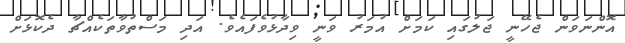
އޮންނަވަން ޖެހޭނީ ޖަލުގައި ކަމަށް އުމަރު ވަނީ ވިދާޅުވެފައެވެ. އަދި މަސްތުވާތަކެއްޗާ ދެކޮޅަށް